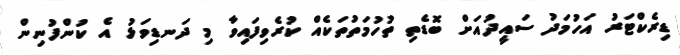
ޑިރެކްޓަރު އަހުމަދު ސައީދުއަށް ބޮޑެތި ތުހުމަތުތަކެއް ކުރެވިފައިވާ މި ދަނޑިވަޅު އެ ކުންފުނިން